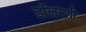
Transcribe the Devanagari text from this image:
डॉलरशी